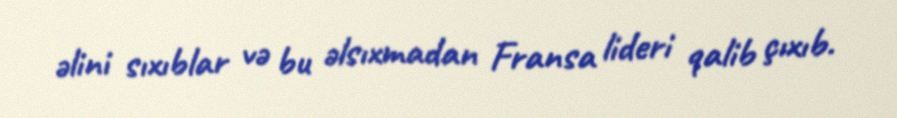
əlini sıxıblar və bu əlsıxmadan Fransa lideri qalib çıxıb.